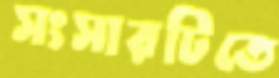
সংসারটিতে